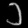
Digit: ၁